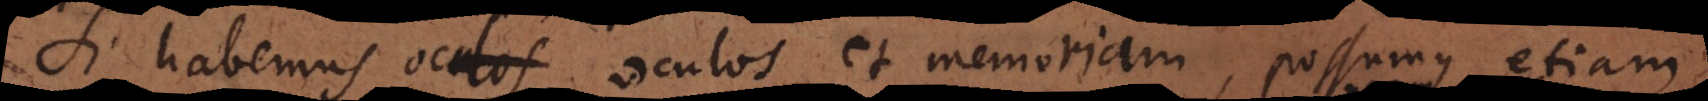
Si habemus oculos et memoriam possumus etiam